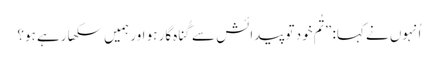
‏ اُنہوں نے کہا:‏ ”‏تُم خود تو پیدائش سے گُناہ‌گار ہو اور ہمیں سکھا رہے ہو؟